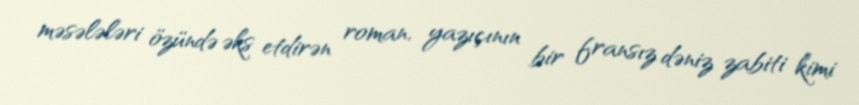
məsələləri özündə əks etdirən roman, yazıçının bir fransız dəniz zabiti kimi